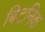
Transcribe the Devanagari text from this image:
बिटनिक